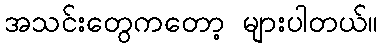
အသင်းတွေကတော့ များပါတယ်။